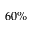
6 0 \%